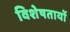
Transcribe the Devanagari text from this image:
विशेषतायों